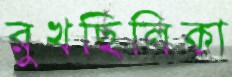
রুখছিলিকা